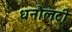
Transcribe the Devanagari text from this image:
धनौलटी